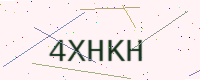
Text: 4XHKH